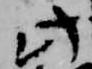
此